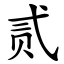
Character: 贰